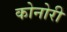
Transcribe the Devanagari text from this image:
कोनोरी